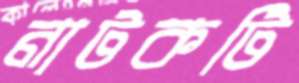
নাটকটি